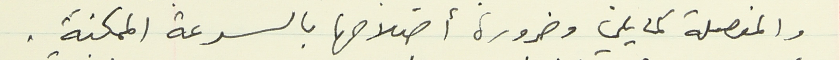
والمفصلة كما يلي وضرورة أصلاحها بالسرعة الممكنة.